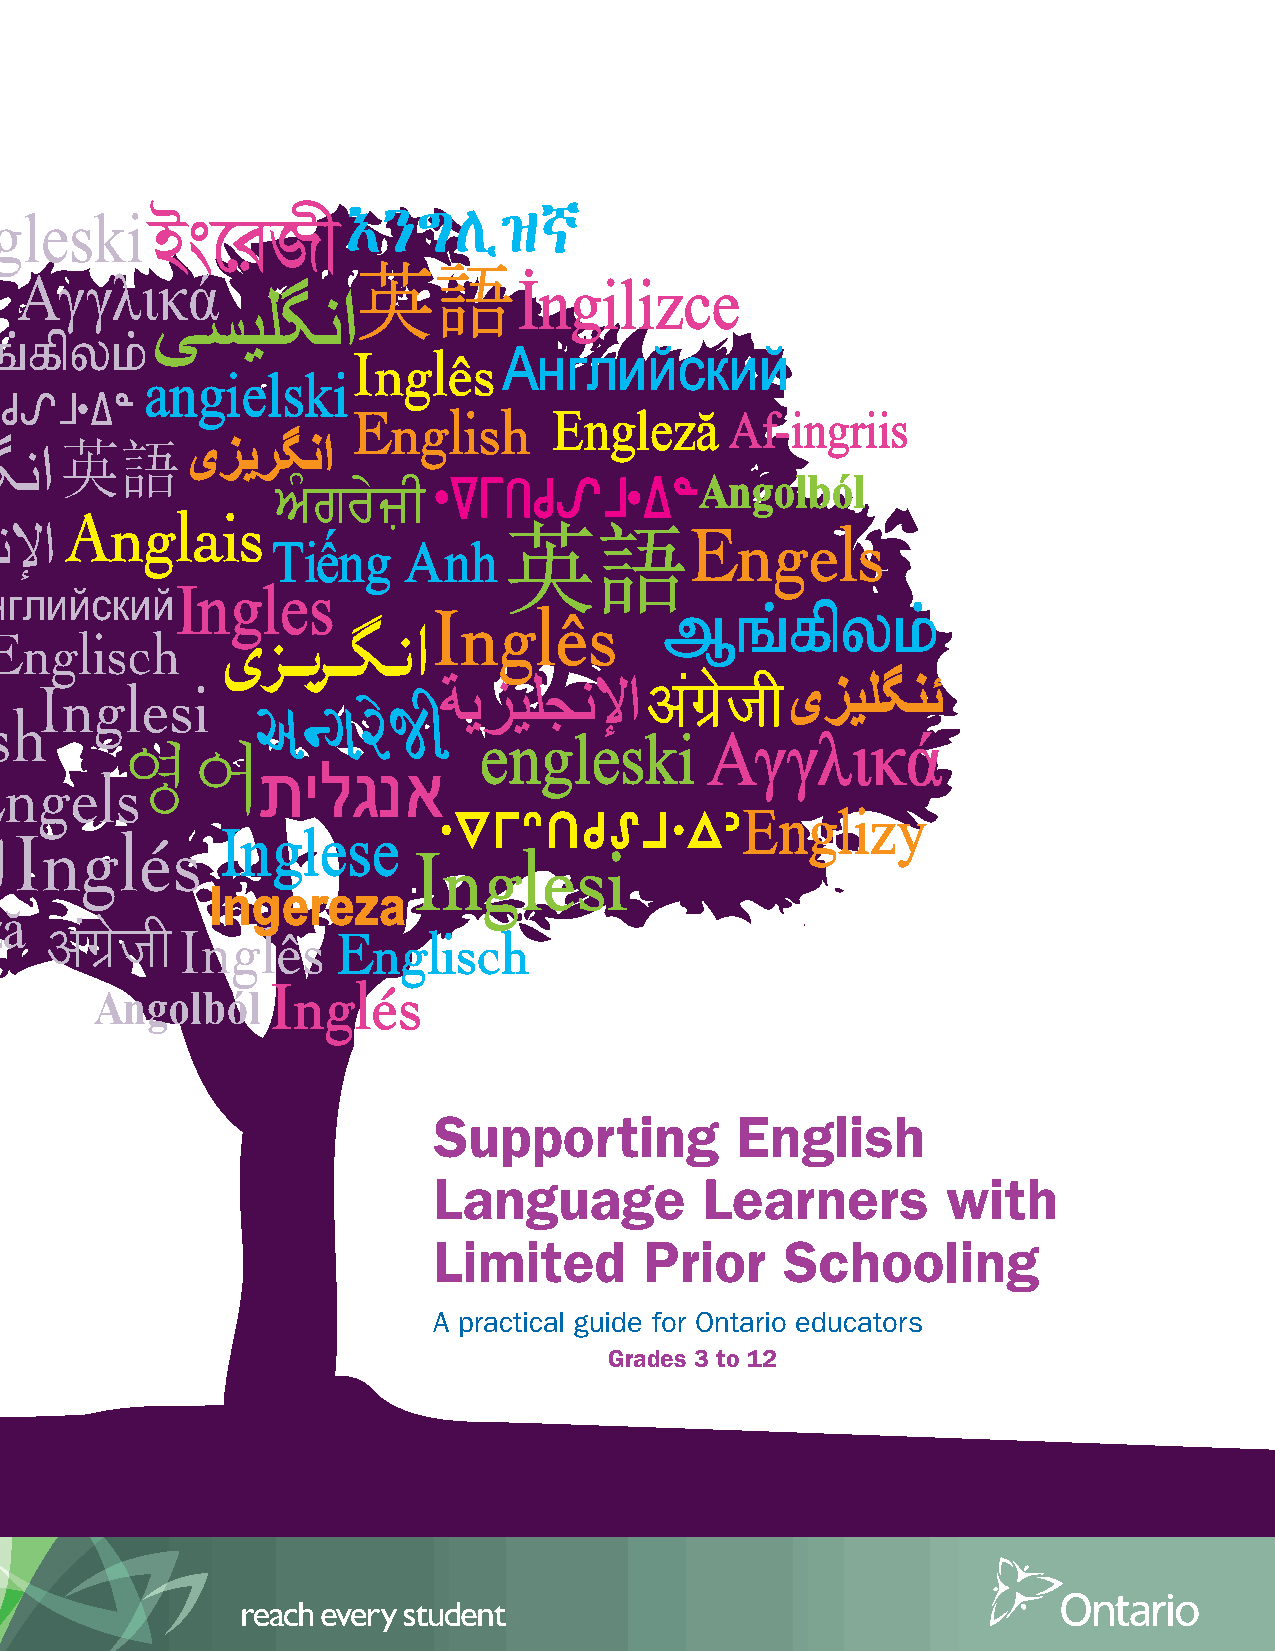
Supporting          English
 Language          Learners        with
 Limited       Prior    Schooling
 A practical guide for Ontario educators
 Grades 3 to 12